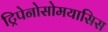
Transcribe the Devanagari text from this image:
ट्रिपेनोसोमयासिस